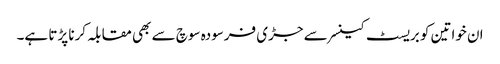
ان خواتین کو بریسٹ کینسر سے جڑی فرسودہ سوچ سے بھی مقابلہ کرنا پڑتا ہے۔